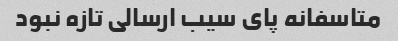
متاسفانه پای سیب ارسالی تازه نبود